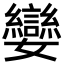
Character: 孌